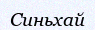
Синьхай